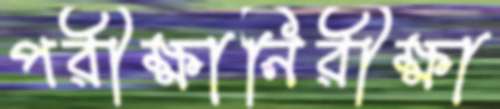
পরীক্ষানিরীক্ষা